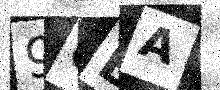
Text: 96BA